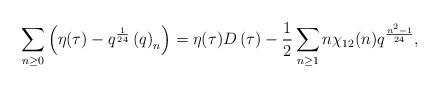
LaTeX: \begin{align*}\displaystyle\sum_{n\geq0}\left(\eta(\tau)-q^{\frac1{24}}\left(q\right)_n\right)=\eta(\tau)D\left(\tau\right)-\frac12\sum_{n\geq1}n\chi_{12}(n)q^{\frac{n^2-1}{24}},\end{align*}